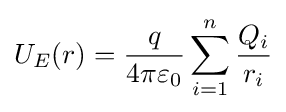
U_{E}(r)={\frac {q}{4\pi \varepsilon _{0}}}\sum _{i=1}^{n}{\frac {Q_{i}}{r_{i}}}